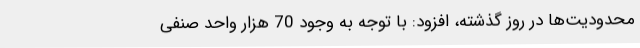
محدودیت‌ها در روز گذشته، افزود: با توجه به وجود 70 هزار واحد صنفی